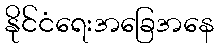
နိုင်ငံရေးအခြေအနေ